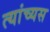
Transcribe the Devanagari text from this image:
त्यांच्यस